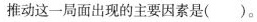
推动这一局面出现的主要因素是( )。